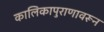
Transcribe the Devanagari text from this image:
कालिकापुराणावरून